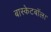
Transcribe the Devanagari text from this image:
बास्केटबॉल।